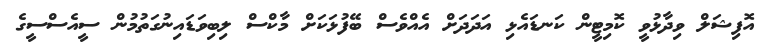
އޮފިޝަލް ވިދާޅުވީ ކޮމިޓީން ކަނޑައެޅި އަދަދަށް އެއްވެސް ބޭފުޅަކަށް މާކްސް ލިބިވަޑައިނުގަތުމުން ސީއެސްސީގެ